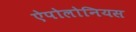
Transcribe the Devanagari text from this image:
ऐपोलोनियस